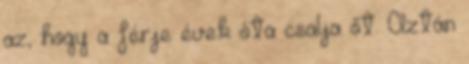
az, hogy a férje évek óta csalja őt. Aztán